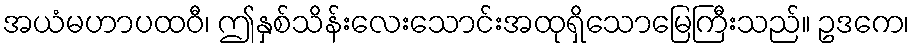
အယံမဟာပထဝီ၊ ဤနှစ်သိန်းလေးသောင်းအထုရှိသောမြေကြီးသည်။ ဥဒကေ၊